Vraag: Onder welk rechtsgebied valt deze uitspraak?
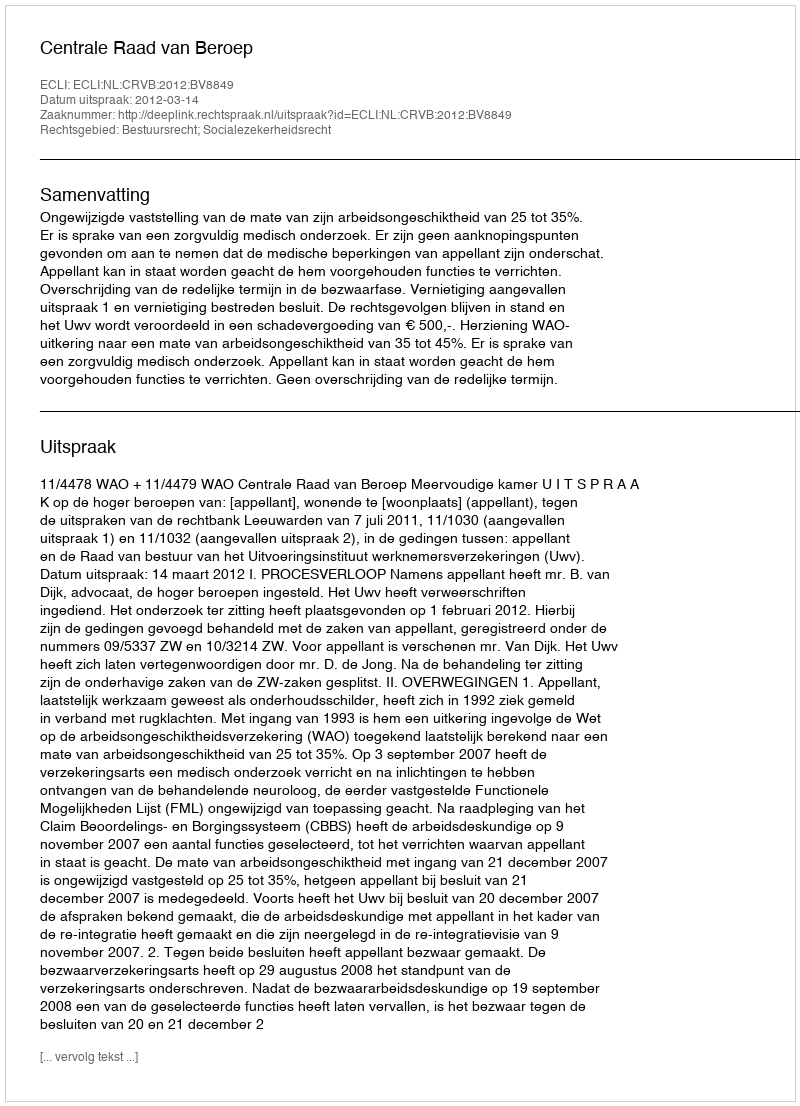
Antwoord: Bestuursrecht; Socialezekerheidsrecht